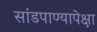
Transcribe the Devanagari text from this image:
सांडपाण्यापेक्षा